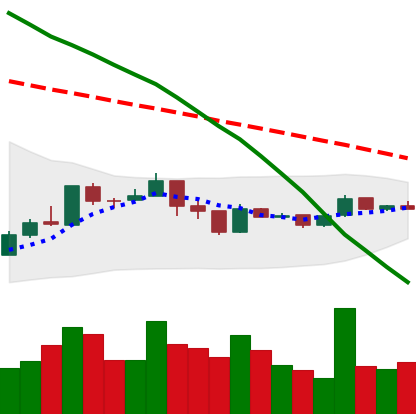
Ticker: XMR-USD
Chart end date: 2019-01-05
Forward return: -8.884%
Label: down_7plus